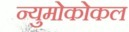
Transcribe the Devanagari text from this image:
न्युमोकोकल